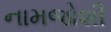
નામજોશી